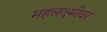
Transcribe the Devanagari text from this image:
महलक्ष्मीवर